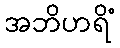
အဘိဟရိံ